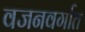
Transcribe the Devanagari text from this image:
वजनवर्गात